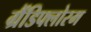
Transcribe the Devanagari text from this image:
ग्रैंडिफ्लोरम